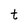
Character: t